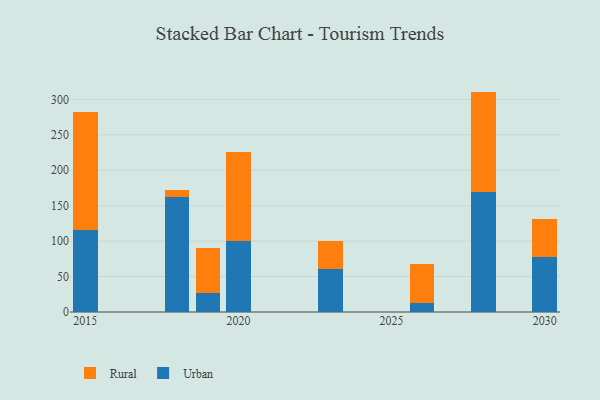
{"axis": {"x": "Year", "y": "Budget (USD K)"}, "legend": ["Rural", "Urban"], "data": [{"x": "2023", "y": 60.1, "type": "Urban"}, {"x": "2023", "y": 40.1, "type": "Rural"}, {"x": "2018", "y": 161.6, "type": "Urban"}, {"x": "2018", "y": 10.0, "type": "Rural"}, {"x": "2020", "y": 100.3, "type": "Urban"}, {"x": "2020", "y": 125.9, "type": "Rural"}, {"x": "2019", "y": 27.5, "type": "Urban"}, {"x": "2019", "y": 62.2, "type": "Rural"}, {"x": "2026", "y": 12.5, "type": "Urban"}, {"x": "2026", "y": 55.0, "type": "Rural"}, {"x": "2030", "y": 77.4, "type": "Urban"}, {"x": "2030", "y": 53.2, "type": "Rural"}, {"x": "2028", "y": 169.8, "type": "Urban"}, {"x": "2028", "y": 141.1, "type": "Rural"}, {"x": "2015", "y": 115.9, "type": "Urban"}, {"x": "2015", "y": 166.1, "type": "Rural"}]}